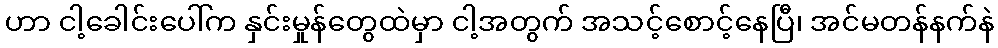
ဟာ ငါ့ခေါင်းပေါ်က နှင်းမှုန်တွေထဲမှာ ငါ့အတွက် အသင့်စောင့်နေပြီ၊ အင်မတန်နက်နဲ